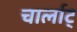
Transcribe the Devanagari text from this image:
चार्लाट्